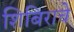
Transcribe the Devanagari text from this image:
शिबिराचे